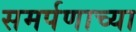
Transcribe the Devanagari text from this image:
समर्पणाच्या